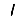
Digit: 1